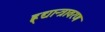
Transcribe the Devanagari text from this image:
ह्र्द्यान्त्रावरण